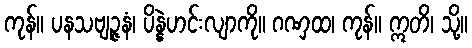
ကုန်။ ပနသဗျဉ္ဇနံ၊ ပိန္နဲဟင်းလျာကို။ ဂဏှထ၊ ကုန်။ ဣတိ၊ သို့။